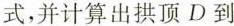
(式，并计算出拱顶D到